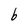
Character: b